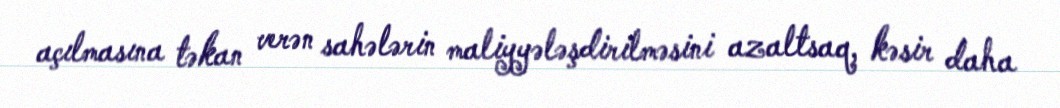
açılmasına təkan verən sahələrin maliyyələşdirilməsini azaltsaq, kəsir daha